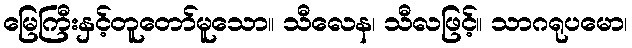
မြေကြီးနှင့်တူတော်မူသော။ သီလေန၊ သီလဖြင့်။ သာဂရုပမော၊